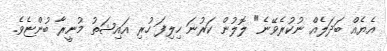
އެޔެއް ބަދަލެއް ނުކުރެވޭނެ" ލޮލުން ކަރުނަ ހިލިފަ ހުރި އައިޝަތު މުނީރާ ބުންޏެވެ.